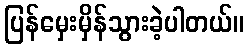
ပြန်မှေးမှိန်သွားခဲ့ပါတယ်။